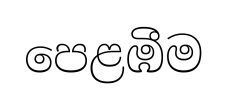
පෙළඹීම